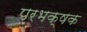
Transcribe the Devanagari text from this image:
परभक्षक